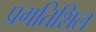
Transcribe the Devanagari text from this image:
प्रगतिशिल